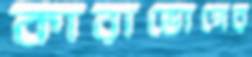
কারাভোগের